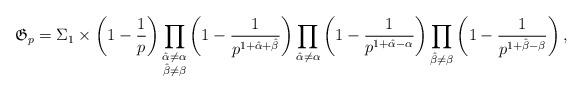
LaTeX: \begin{align*}\mathfrak{G}_p = \Sigma_1\times \left( 1-\frac{1}{p}\right)\prod_{\substack{ \hat{\alpha}\neq \alpha \\ \hat{\beta}\neq \beta}}\left(1-\frac{1}{p^{1+\hat{\alpha}+\hat{\beta} }} \right) \prod_{\hat{\alpha}\neq \alpha}\left(1-\frac{1}{p^{1+\hat{\alpha}-\alpha}} \right) \prod_{\hat{\beta}\neq \beta} \left(1-\frac{1}{p^{1+\hat{\beta}-\beta}} \right),\end{align*}